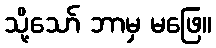
သို့သော် ဘာမှ မဖြေ။